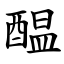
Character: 醖